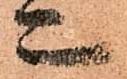
亦